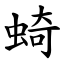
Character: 䗁